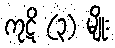
ကုဋိ (၃) မျိုး